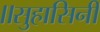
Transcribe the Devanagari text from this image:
॥सुहासिनी